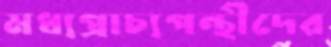
মধ্যপ্রাচ্যপন্থীদের